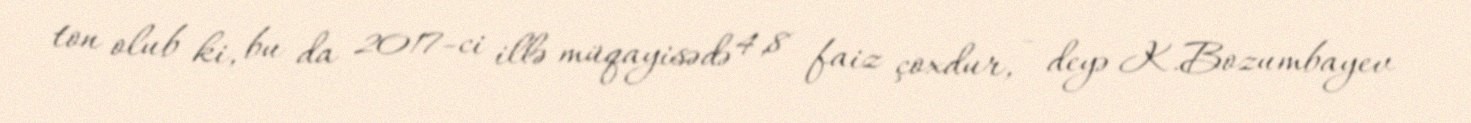
ton olub ki, bu da 2017-ci illə müqayisədə 4,8 faiz çoxdur, - deyə K.Bozumbayev